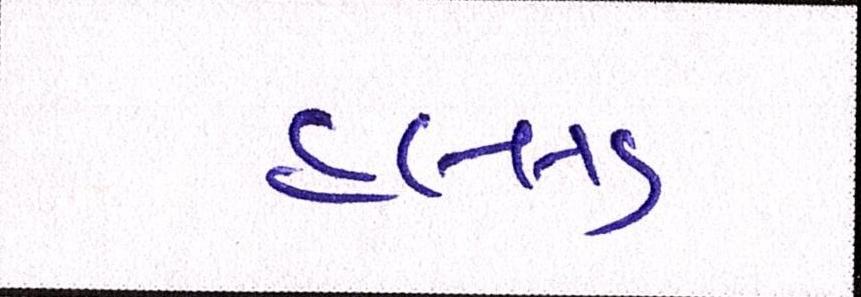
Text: હુલ્લડ